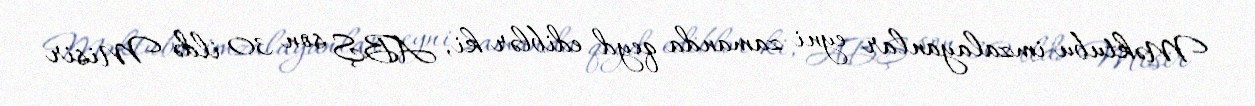
Məktubu imzalayanlar eyni zamanda qeyd ediblər ki, ABŞ son 30 ildə Misir